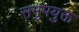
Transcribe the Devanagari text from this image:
समुपयुक्त